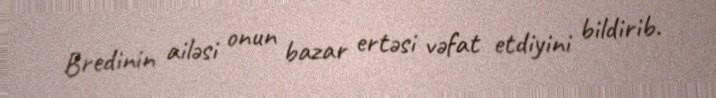
Bredinin ailəsi onun bazar ertəsi vəfat etdiyini bildirib.